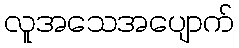
လူအသေအပျောက်